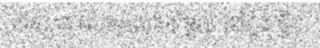
ឋានៈ ជា មហាអំណាច មួយ នៅក្នុង ទ្វីប